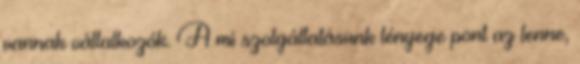
vannak vállalkozók. A mi szolgáltatásunk lényege pont az lenne,